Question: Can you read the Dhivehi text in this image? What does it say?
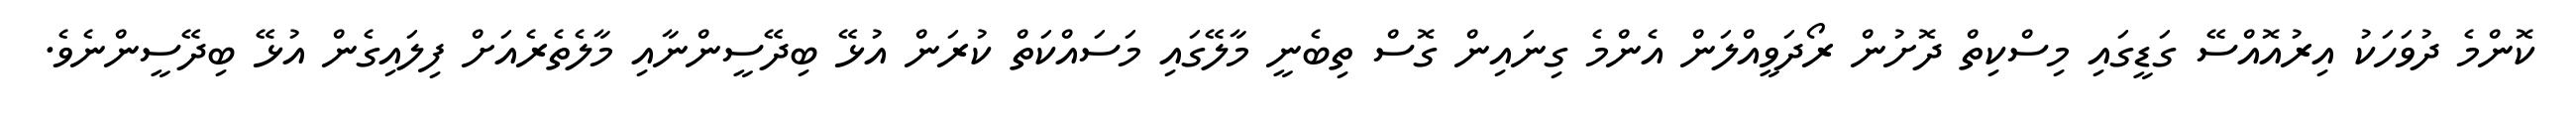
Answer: ކޮންމެ ދުވަހަކު އިރުއޮއްސޭ ގަޑީގައި މިސްކިތް ދޮށުން ރޯދަވީއްލަން އެންމެ ގިނައިން ގޮސް ތިބެނީ މާލޭގައި މަސައްކަތް ކުރަން އުޅޭ ބިދޭސީންނާއި މާލެތެރެއަށް ފިލައިގެން އުޅޭ ބިދޭސީންނެވެ.